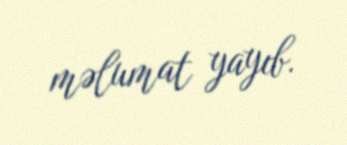
məlumat yayıb.